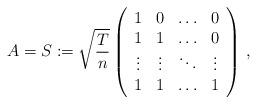
LaTeX: \begin{align*} A=S:=\sqrt{\frac{T}{n}}\left(\begin{array}{cccccccc}1&0&\ldots&0\\1&1&\ldots&0\\\vdots&\vdots&\ddots&\vdots\\1&1&\ldots&1\end{array}\right)\,,\end{align*}